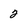
Character: 2